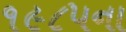
૧૯૮૫ના